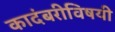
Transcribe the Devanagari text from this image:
कादंबरीविषयी